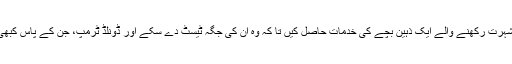
میری ٹرمپ نے لکھا کہ انہوں نے اچھے ٹیسٹ دینے کے حوالے سے شہرت رکھنے والے ایک ذہین بچے کی خدمات حاصل کیں تا کہ وہ ان کی جگہ ٹیسٹ دے سکے اور ڈونلڈ ٹرمپ، جن کے پاس کبھی پیسوں کی کمی نہیں تھی، نے اپنے دوست کو ٹھیک ٹھاک پیسے دیے۔